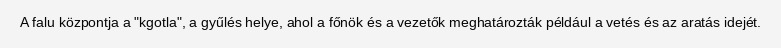
A falu központja a "kgotla", a gyűlés helye, ahol a főnök és a vezetők meghatározták például a vetés és az aratás idejét.